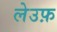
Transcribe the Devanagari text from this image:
लेउफ़